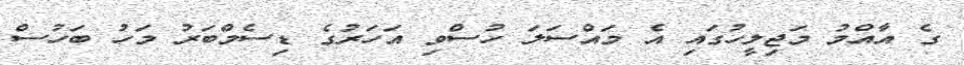
ގެ އާއްމު މަޖިލީހުގައި އެ މައްސަލަ ހުސްވި އަހަރުގެ ޑިސެމްބަރު މަހު ބަހުސް